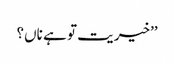
’’خیریت تو ہے ناں؟